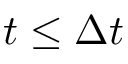
t \leq \Delta t